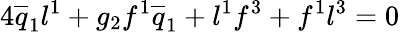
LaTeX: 4\overline{{{q}}}_{1}l^{1}+g_{2}f^{1}\overline{{{q}}}_{1}+l^{1}f^{3}+f^{1}l^{3}=0